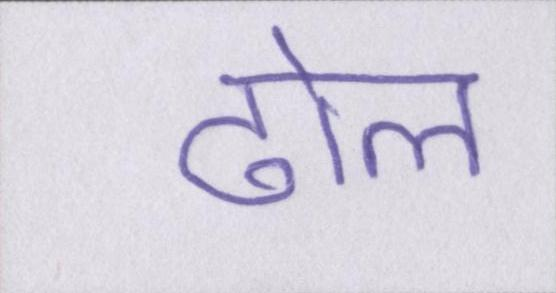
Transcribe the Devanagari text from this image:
ढोल